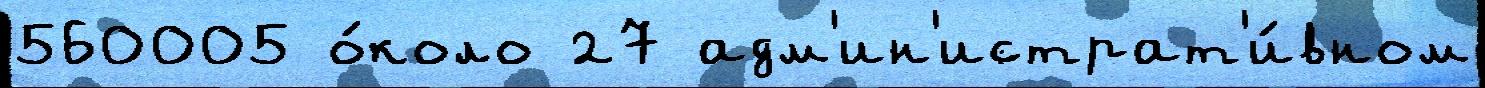
560005 о́коло 27 адм'ин'истрат'и́вном